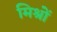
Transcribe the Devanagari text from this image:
मिश्रों